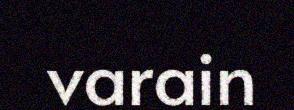
varain